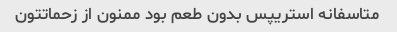
متاسفانه استریپس بدون طعم بود ممنون از زحماتتون